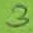
Text: 3